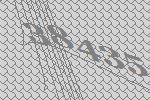
38435